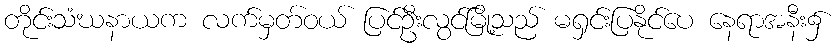
တိုင်းသံဃနာယက လက်မှတ်ဝယ် ပြင်ဦးလွင်မြို့သည် မရှင်းပြနိုင်ပေ နေရာအနီး၌